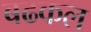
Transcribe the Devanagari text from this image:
बढकल